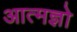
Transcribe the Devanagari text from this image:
आत्मज्ञो